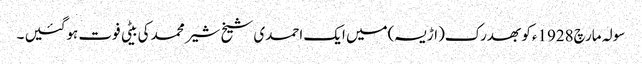
سولہ مارچ1928ءکو بھدرک(اڑیسہ)میں ایک احمدی شیخ شیر محمد کی بیٹی فوت ہوگئیں ۔